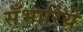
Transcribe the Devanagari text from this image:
सँभारिये